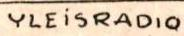
YLEiSRADIQ